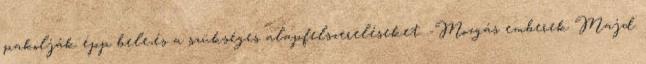
pakolják épp bele,és a szükséges alapfelszereléseket. -Mozgás emberek Majd